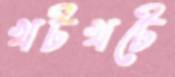
খটখটে